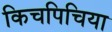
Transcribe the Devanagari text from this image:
किचपिचिया